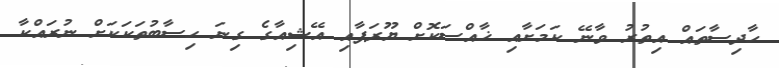
ހާދިސާތައް އިތުރު ވާނޭ ކަމަށާއި ޚާއްސަކޮށް ޔޫރަޕާއި އޭޝިއާގެ ގިނަ ހިސާބުތަކަކަށް ނުރައްކާ